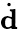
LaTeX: \dot{\mathbf{d}}